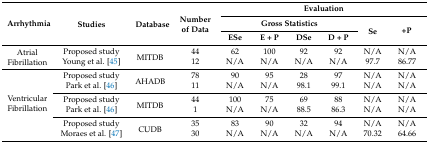
<table><thead><tr><td rowspan="3"><b>Arrhythmia</b></td><td rowspan="3"><b>Studies</b></td><td rowspan="3"><b>Database</b></td><td rowspan="3"><b>Number of Data</b></td><td colspan="6"><b>Evaluation</b></td></tr><tr><td colspan="4"><b>Gross Statistics</b></td><td rowspan="2"><b>Se</b></td><td rowspan="2"><b>+P</b></td></tr><tr><td><b>ESe</b></td><td><b>E + P</b></td><td><b>DSe</b></td><td><b>D + P</b></td></tr></thead><tbody><tr><td rowspan="2">Atrial Fibrillation</td><td>Proposed study</td><td rowspan="2">MITDB</td><td>44</td><td>62</td><td>100</td><td>92</td><td>92</td><td>N/A</td><td>N/A</td></tr><tr><td>Young et al. [45]</td><td>12</td><td>N/A</td><td>N/A</td><td>N/A</td><td>N/A</td><td>97.7</td><td>86.77</td></tr><tr><td rowspan="6">Ventricular Fibrillation</td><td>Proposed study</td><td rowspan="2">AHADB</td><td>78</td><td>90</td><td>95</td><td>28</td><td>97</td><td>N/A</td><td>N/A</td></tr><tr><td>Park et al. [46]</td><td>11</td><td>N/A</td><td>N/A</td><td>98.1</td><td>99.1</td><td>N/A</td><td>N/A</td></tr><tr><td>Proposed study</td><td rowspan="2">MITDB</td><td>44</td><td>100</td><td>75</td><td>69</td><td>88</td><td>N/A</td><td>N/A</td></tr><tr><td>Park et al. [46]</td><td>1</td><td>N/A</td><td>N/A</td><td>88.5</td><td>86.3</td><td>N/A</td><td>N/A</td></tr><tr><td>Proposed study</td><td rowspan="2">CUDB</td><td>35</td><td>83</td><td>90</td><td>32</td><td>94</td><td>N/A</td><td>N/A</td></tr><tr><td>Moraes et al. [47]</td><td>30</td><td>N/A</td><td>N/A</td><td>N/A</td><td>N/A</td><td>70.32</td><td>64.66</td></tr></tbody></table>